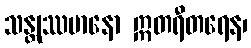
သန္တုဿမာနော ဣတရီတရေန၊